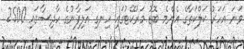
ވަނަ އަހަރު ކަލްކަތާގެ އެންމެ ބޮޑު މަރުކޭޓުގައި ހިނގި އަލިފާނުގެ ހާދިސާގައި 2500